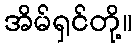
အိမ်ရှင်တို့။